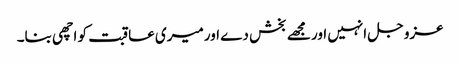
عزوجل انہیں اور مجھے بخش دے اورمیری عاقبت کو اچھی بنا۔